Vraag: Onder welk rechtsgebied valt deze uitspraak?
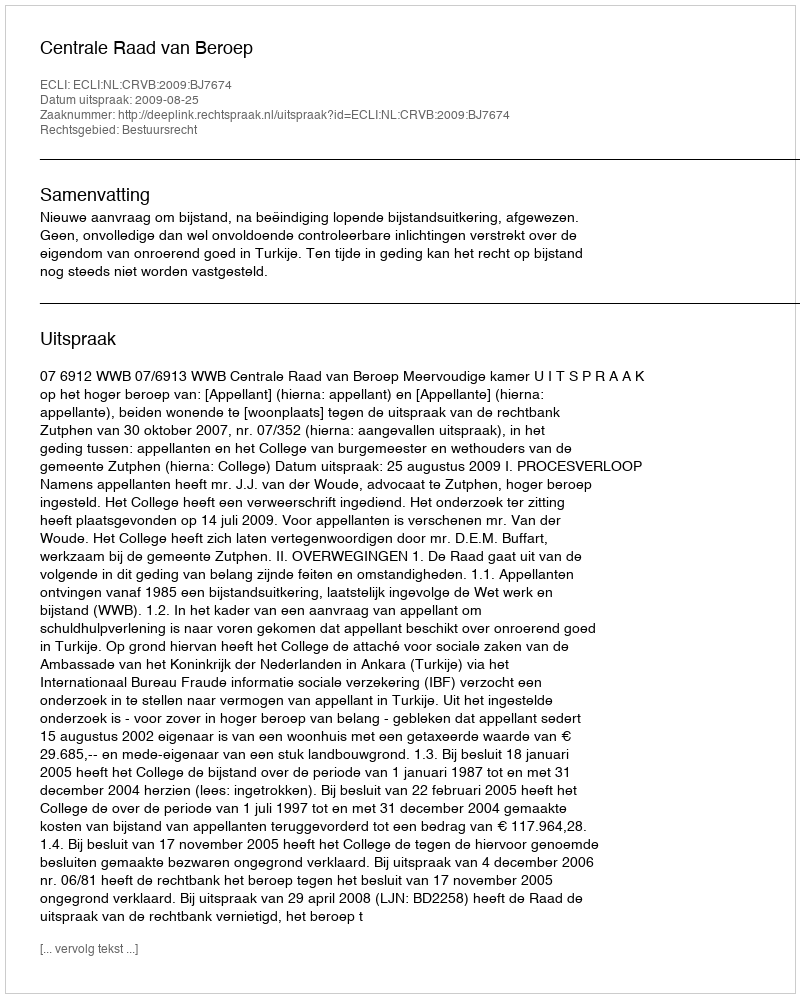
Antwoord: Bestuursrecht